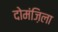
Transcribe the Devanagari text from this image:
दोमंज़िला